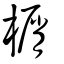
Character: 榍